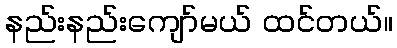
နည်းနည်းကျော်မယ် ထင်တယ်။